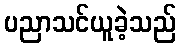
ပညာသင်ယူခဲ့သည်